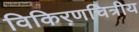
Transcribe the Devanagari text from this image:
विकिरणचित्रीय